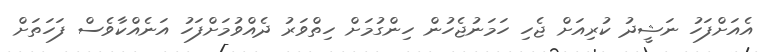
އެއަށްފަހު ނަޝީދު ކުރިއަށް ޖެހި ހަމަނުޖެހުން ހިންގުމަށް ހިތްވަރު ދެއްވުމަށްފަހު އަނެއްކާވެސް ފަހަތަށް